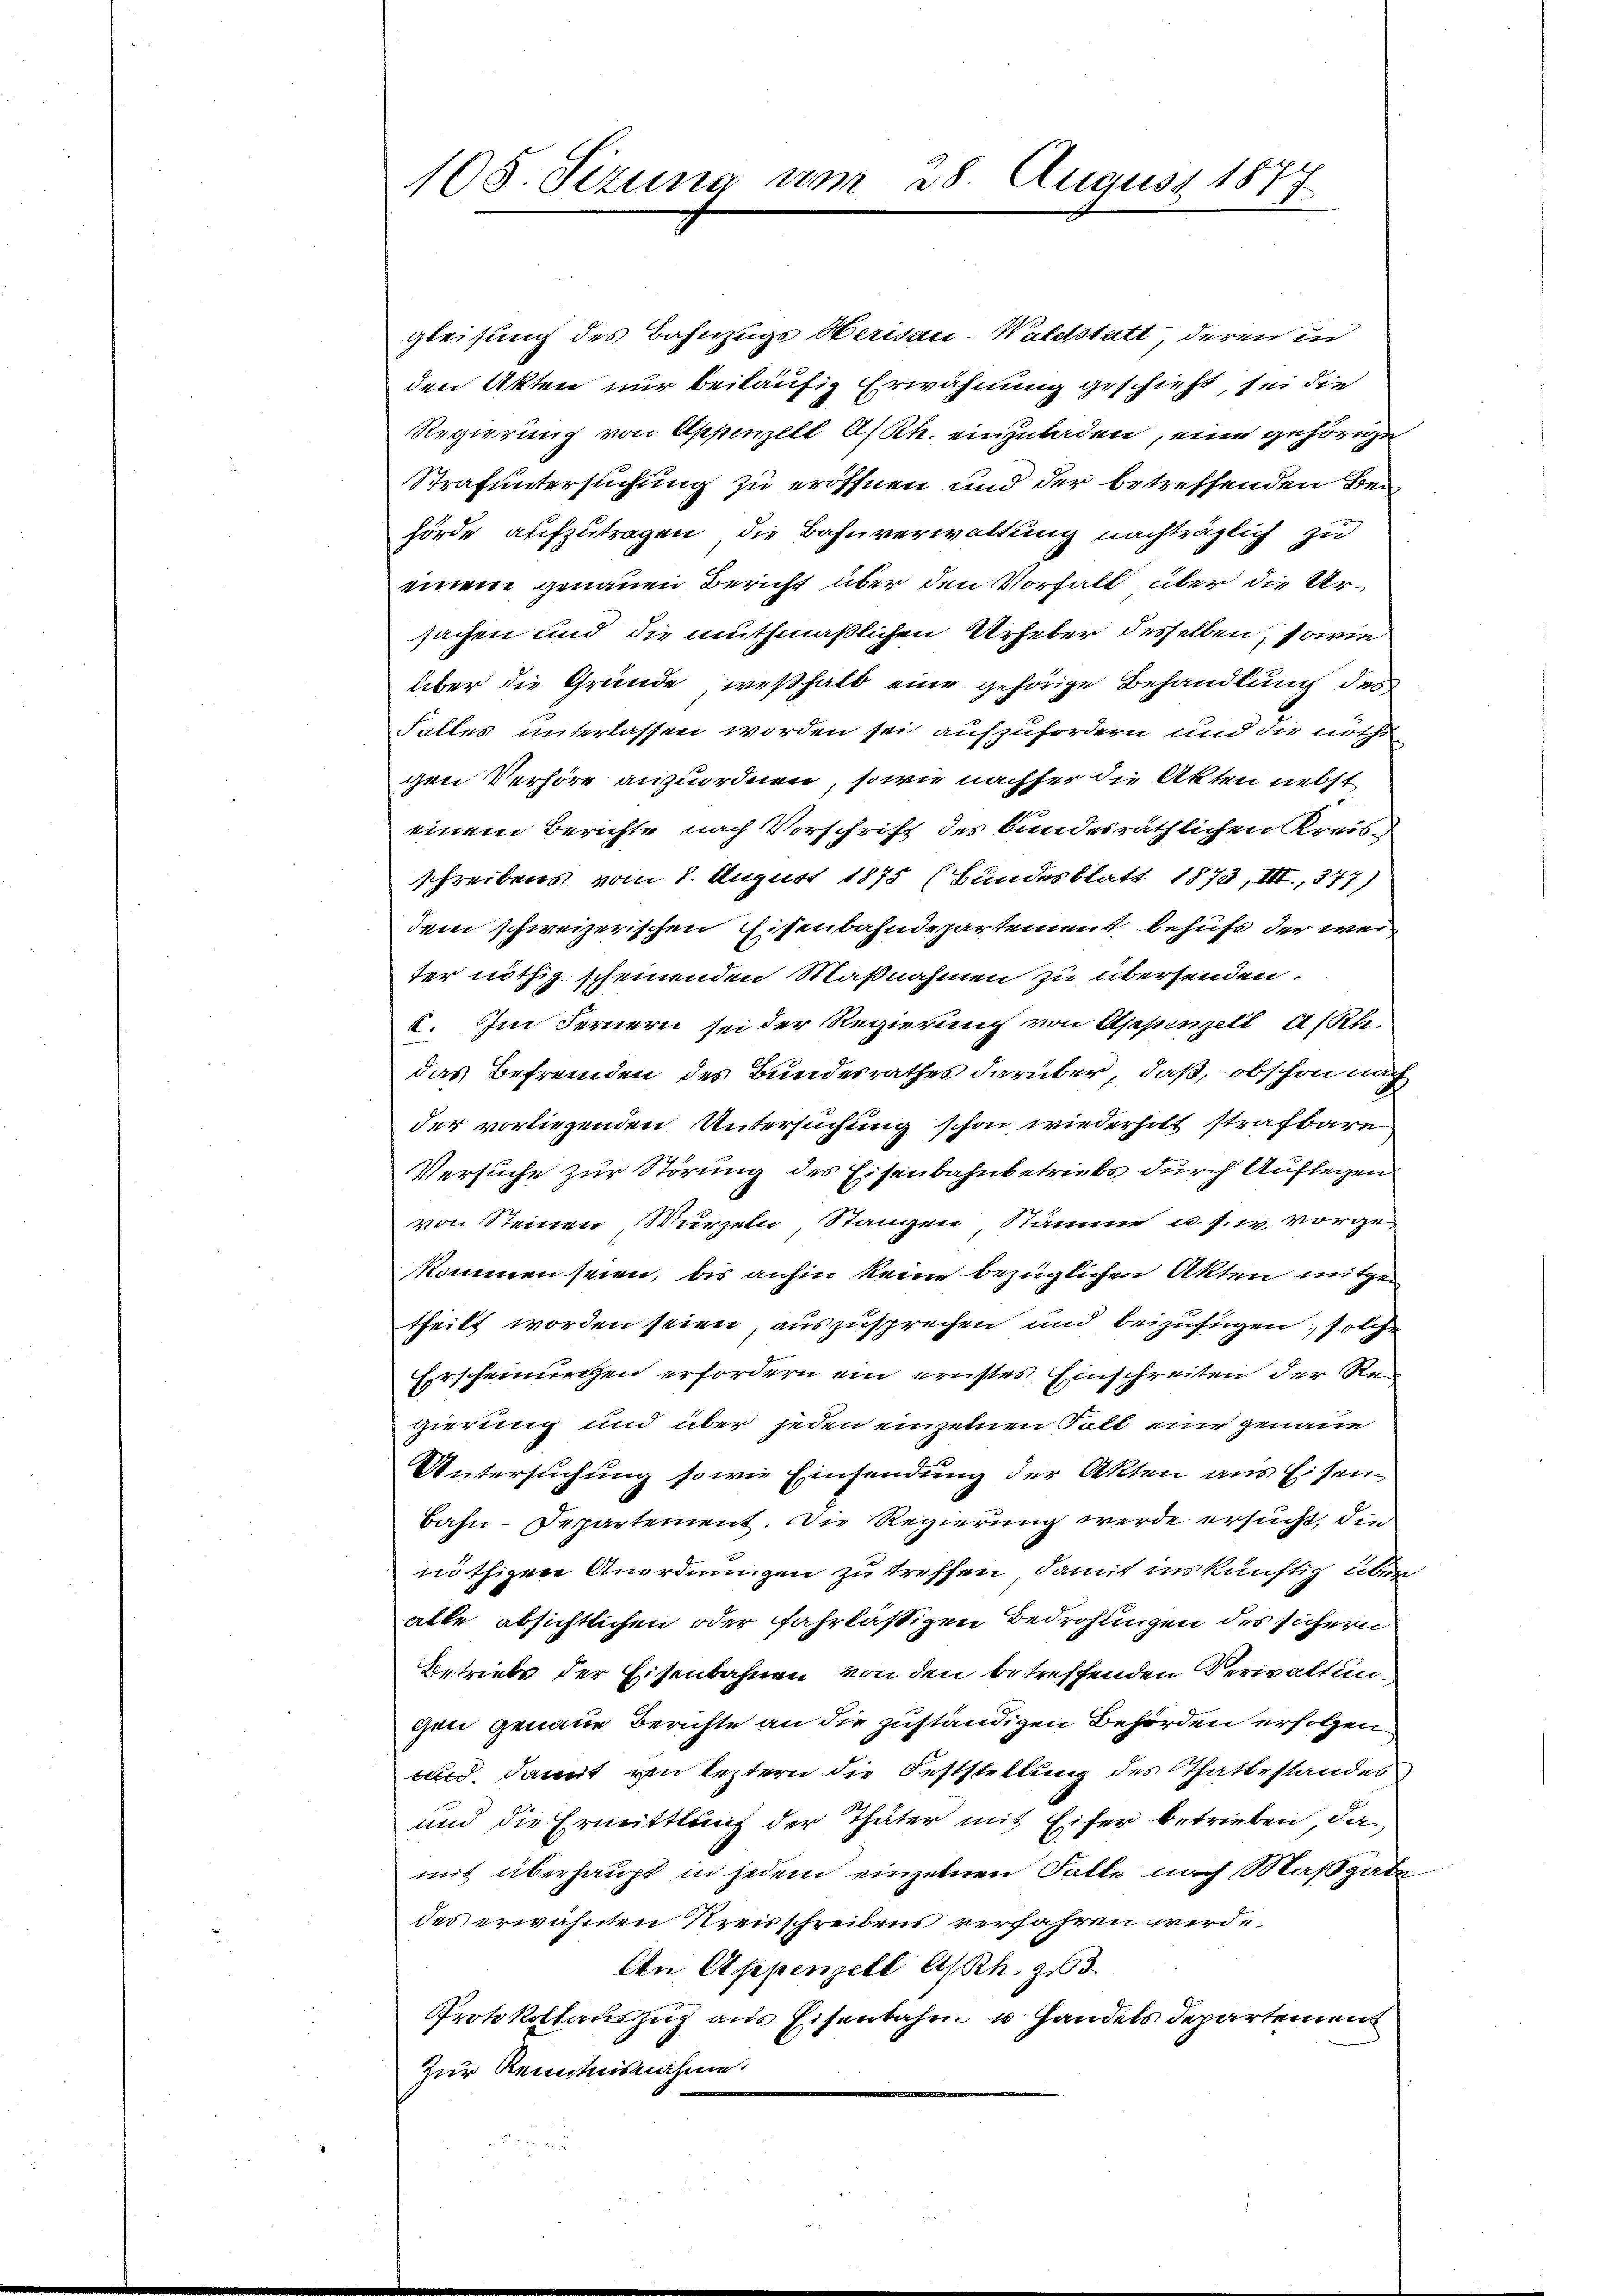
108. Sizung am 28. August 1877

gleisung des Bahnzugs Herisau-Waldstatt deren in
den Akten nur beiläufig Erwähnung geschieht, sei die
Regierung von Appenzell A/Rh. einzuladen, eine gehörigen
Strafuntersuchung zu eröffnen und der betreffenden Bei
hörde aufzutragen, die Bahnverwaltung nachträglich zu
einem genauen Bericht über den Vorfall über die Ursachen und die muthmaßlichen Urheber desselben, sowie
über die Gründe, weßhalb eine gehörige Behandlung des
Falles unterlassen worden sei aufzufordern und die noch
gen Verhöre anzuordnen, sowie nachher die Akten nebst
einem Berichte nach Vorschrift des Bundesräthlichen Kreisschreibens vom 8. August 1875 (Bundesblatt 1873, III., 377)
dem schweizerischen Eisenbahndepartement behufs der weiter nöthig scheinenden Maßnahmen zu übersenden.
I. Im Fernern sei der Regierung von Appenzell A/Rh.
das Befremden des Bundesrathes darüber, daß, obschon auch
der vorliegenden Untersuchung schon wiederholt strafbare
Versuche zur Störung des Eisenbahnbetriebs durch Auflegen
von Steinen Wurzeln, Stangen Stämme u. s. w. vorge-
kommen seien, bis anhin keine bezüglichen Akten mitgetheilt worden seien, auszusprechen und beizufügen, solche
Erscheinungen erfordern ein ernstes Einschreiten der Reg
gierung und über jeden einzelnen Fall eine genaue
Untersuchung sowie Einsendung der Akten aus Eisen¬
Bahn-Departement. Die Regierung werde ersucht, die
nöthigen Anordnungen zu treffen, damit inskünftig überalle absichtlichen oder fahrlässigen Bedrohungen des sichern
Betriebs der Eisenbahnen von den betreffenden Verwaltungen genaue Berichte an die zuständigen Behörden erfolgen
und, damit von leztern die Feststellung des Thatbestandes
und die Ermittlung der Thäter mit Eifer betrieben, da
mit überhaupt in jedem einzelnen Falle nach Maßgabe
des erwähnten Kreisschreibens verfahren werde
Aen Appenzell A/Rh. 163.
Protokollauszug aus Eisenbahn u. Handels Departement
Zur Kenntnisnahme.